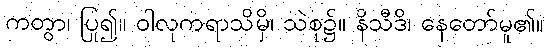
ကတွာ၊ ပြု၍။ ဝါလုကရာသိမှိ၊ သဲစု၌။ နိသီဒိ၊ နေတော်မူ၏။